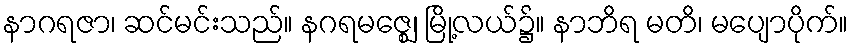
နာဂရဇာ၊ ဆင်မင်းသည်။ နဂရမဇ္ဈေ၊ မြို့လယ်၌။ နာဘိရ မတိ၊ မပျောပိုက်။